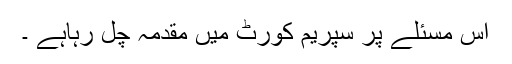
اس مسئلے پر سپریم کورٹ میں مقدمہ چل رہاہے ۔